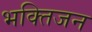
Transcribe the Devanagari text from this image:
भक्तिजन